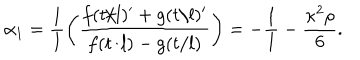
LaTeX: \alpha _ { 1 } = \frac { 1 } { l } \left( \frac { f ( t / l ) ^ { \prime } + g ( t / l ) ^ { \prime } } { f ( t / l ) - g ( t / l ) } \right) = - \frac { 1 } { l } - \frac { \kappa ^ { 2 } \rho } { 6 } .